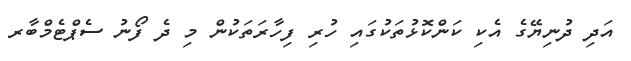
އަދި ދުނިޔޭގެ އެކި ކަންކޮޅުތަކުގައި ހުރި ފިހާރަތަކުން މި ދެ ފޯނު ސެޕްޓެމްބާރ